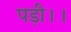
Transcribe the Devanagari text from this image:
पड़ी।।